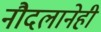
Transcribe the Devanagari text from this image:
नौदलानेही